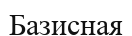
Базисная